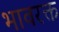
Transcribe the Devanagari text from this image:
भावरक्त